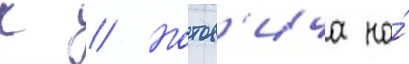
К // Нотов'ича на́